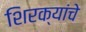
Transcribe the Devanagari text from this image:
शिरक्यांचे